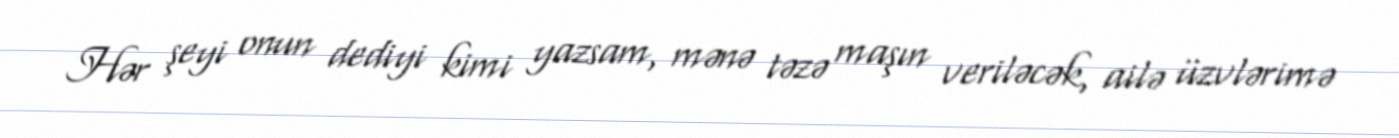
Hər şeyi onun dediyi kimi yazsam, mənə təzə maşın veriləcək, ailə üzvlərimə